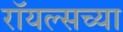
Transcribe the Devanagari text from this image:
रॉयल्सच्या